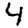
Digit: 4